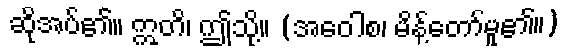
ဆိုအပ်၏။ ဣတိ၊ ဤသို့။ (အဝေါစ၊ မိန့်တော်မူ၏။)